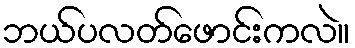
ဘယ်ပလတ်ဖောင်းကလဲ။